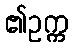
၏ဥက္က